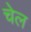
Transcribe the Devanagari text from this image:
चेल